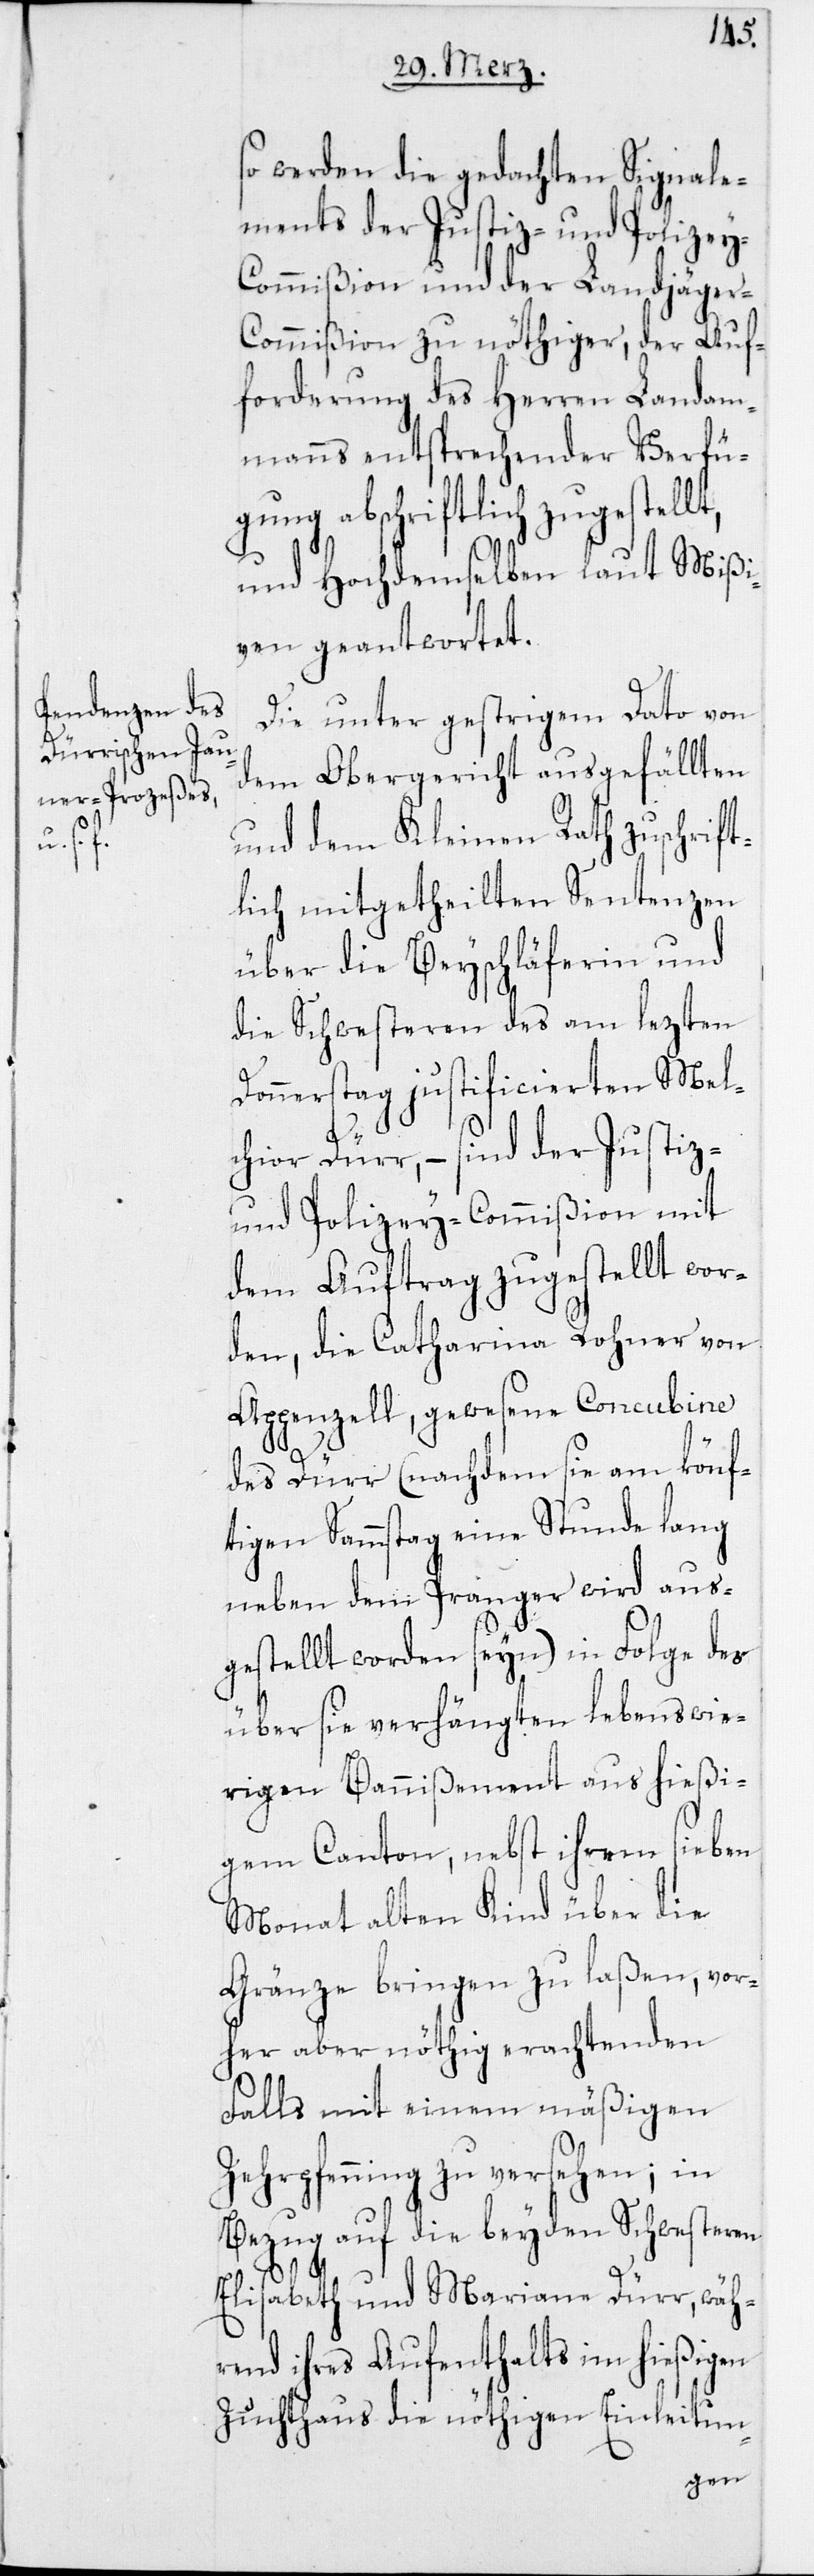
so werden die gedachten Signale¬
ments der Justiz- und Polize¬
y-Commißion und der Landjäge¬
r-Commißion zu nöthiger, der Auf¬
forderung des Herren Landam¬
manns entsprechender Verfü¬
gung abschriftlich zugestellt,
und Hochdemselben laut Mißi¬
ven geantwortet.
Die unter gestrigem Dato von
dem Obergericht ausgefällten
und dem Kleinen Rath zuschrift¬
lich mitgetheilten Sentenzen
über die Beyschläferin und
die Schwesteren des am lezten
Donnerstag justificierten Mel¬
chior Dürr, – sind der Justiz-
und Polizey-Commißion mit
dem Auftrag zugestellt wor¬
den, die Catharina Rohner von
Appenzell, gewesene Concubine
des Dürr (nachdem sie am könf¬
tigen Sammstag eine Stunde lang
neben dem Pranger wird aus¬
gestellt worden seyn) in Folge des
über sie verhängten lebenswie¬
rigen Banißement aus hießi¬
gem Canton, nebst ihrem sieben
Monat alten Kind über die
Gränze bringen zu laßen, vor¬
her aber nöthig erachtenden
Falls mit einem mäßigen
Zehrpfenning zu versehen; in
Bezug auf die beyden Schwesteren
Elisabeth und Mariane Dürr, wäh¬
rend ihres Aufenthalts im hießigen
Zuchthaus die nöthigen Einleitun-